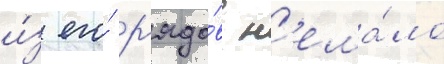
и́з его́ р'ядо́в н'ема́ло